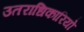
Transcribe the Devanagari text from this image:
उतराधिकारियो